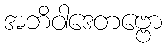
အဘိဝါဒေတဗ္ဗော